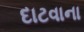
દાટવાના